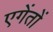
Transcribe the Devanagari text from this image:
एगेंतों